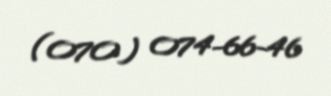
(070) 074-66-46